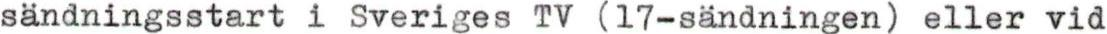
sändningsstart i Sveriges TV (17-sändningen) eller vid